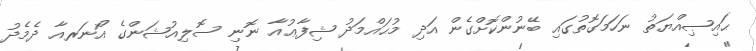
ޙައިޞިއްޔަތު ނަހަމަގޮތުގައި ބޭނުންކޮށްގެން އަދި މުޙައްމަދު ޝިފާޢުއާ ނޮނި ސޮލިއުޝަންގެ އޯނަރއާ ދެމެދު